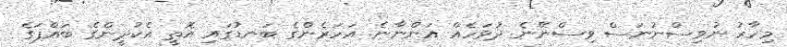
މިހާރު ނުވިސްނުނަސް ވިސްނޭނެ ދުވަހެއް އަންނާނެ. އަހަރެންގެ ބަނޑުގައި އޮތީ އެކުދީންގެ ބައްޕަގެ